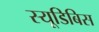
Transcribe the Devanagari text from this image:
स्यूडिबिस